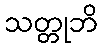
သတ္တုဘိ